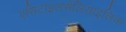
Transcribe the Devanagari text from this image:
एसिटाइलसैलिसाइलिक